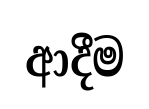
ආදීම